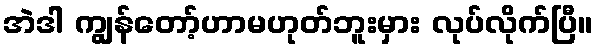
အဲဒါ ကျွန်တော့်ဟာမဟုတ်ဘူးမှား လုပ်လိုက်ပြီ။